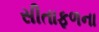
સીતાફળના